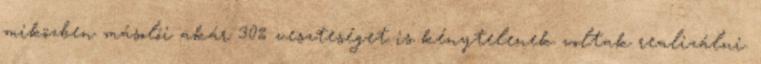
miközben másolói akár 30% veszteséget is kénytelenek voltak realizálni.